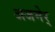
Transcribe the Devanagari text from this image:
अजमेर्